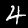
Label: 4